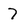
Character: 7